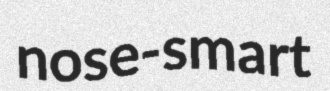
nose-smart